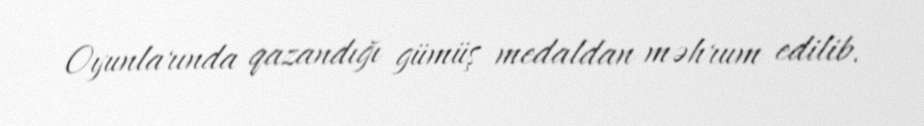
Oyunlarında qazandığı gümüş medaldan məhrum edilib.